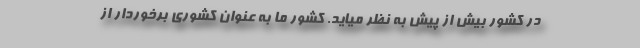
در کشور بیش از پیش به نظر میاید. کشور ما به عنوان کشوری برخوردار از